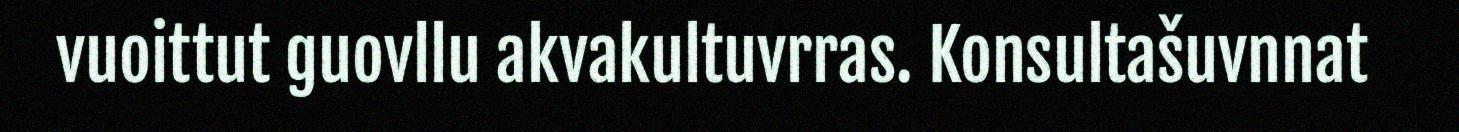
vuoittut guovllu akvakultuvrras. Konsultašuvnnat